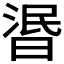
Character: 𣇹